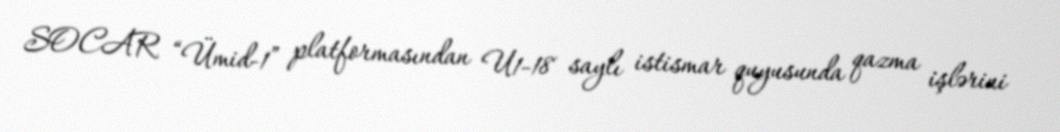
SOCAR “Ümid-1” platformasından U1-18 saylı istismar quyusunda qazma işlərini